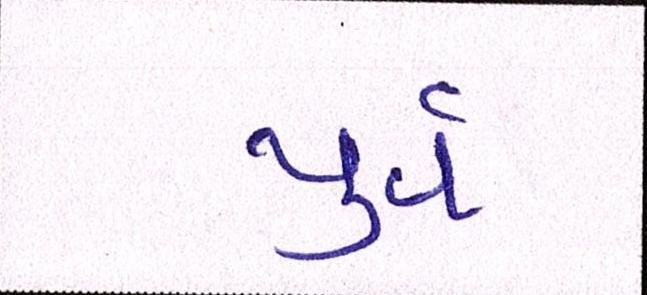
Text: પુર્વ